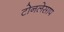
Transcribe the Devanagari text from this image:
टोनलेसाप